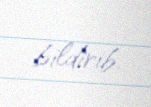
bildirib.